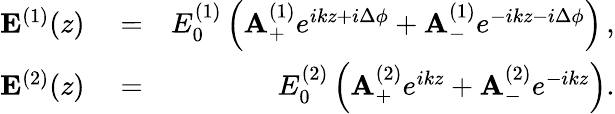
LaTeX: \begin{array}{rlr}{{\mathbf E}^{(1)}(z)}&{{}=}&{E_{0}^{(1)}\left({\mathbf A}_{+}^{(1)}e^{ikz+i\Delta\phi}+{\mathbf A}_{-}^{(1)}e^{-ikz-i\Delta\phi}\right)\, ,}\\ {{\mathbf E}^{(2)}(z)}&{{}=}&{E_{0}^{(2)}\left({\mathbf A}_{+}^{(2)}e^{ikz}+{\mathbf A}_{-}^{(2)}e^{-ikz}\right).}\end{array}